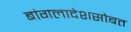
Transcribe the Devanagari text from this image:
बांगलादेशसोबत